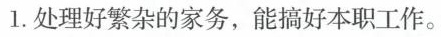
1.处理好繁杂的家务，能搞好本职工作。